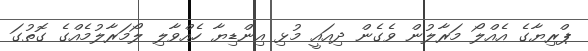
ޕްރިޔާގެ އެއްލޯ މަރާލުން ވެގެން ދިއައީ މުޅި އިންޑިޔާ ހެއްވާލި ލޯމަރާލުމެއްގެ ގޮތުގަ